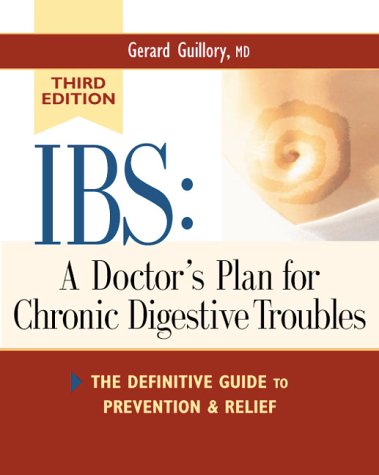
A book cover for IBS: A Doctor's Plan for Chronic Digestive Troubles 3 Ed: The Definitive Guide to Prevention and Relief; M.D. Gerard Guillory  M.D.; Health, Fitness & Dieting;